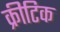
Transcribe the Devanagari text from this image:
क्रीटिक